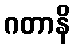
ဂတာနိ